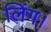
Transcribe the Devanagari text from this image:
लिंग।